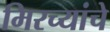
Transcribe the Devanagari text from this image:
मिरच्यांचे